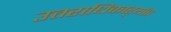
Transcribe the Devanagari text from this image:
उत्तराधिकाऱ्यांत